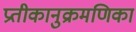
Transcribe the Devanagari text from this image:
प्रतीकानुक्रमणिका